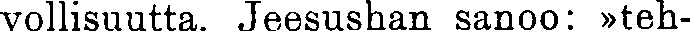
vollisuutta. Jeesushan sanoo: »teh-